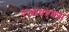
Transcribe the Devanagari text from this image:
एआयएक्स